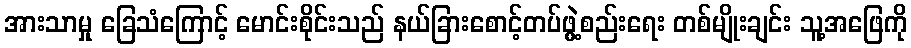
အားသာမှု ခြေသံကြောင့် မောင်းစိုင်းသည် နယ်ခြားစောင့်တပ်ဖွဲ့စည်းရေး တစ်မျိုးချင်း သူ့အဖြေကို